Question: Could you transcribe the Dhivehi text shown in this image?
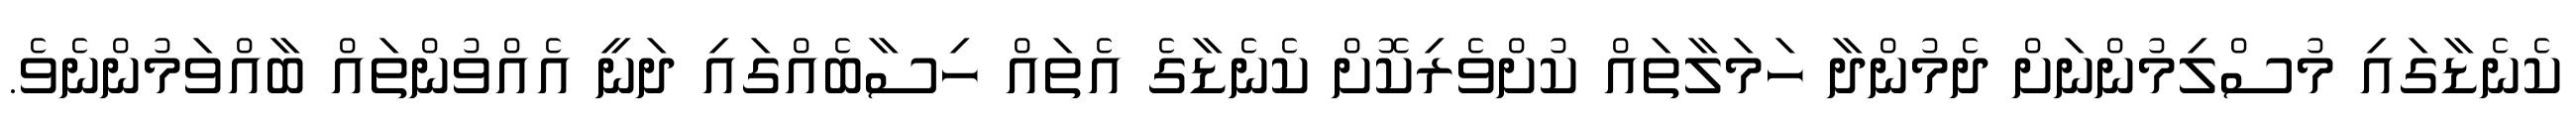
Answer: ކެނެޑާގައި މުސްލިމުންނަށް ދެމުންދާ ހަމަލާތައް ކުށްވެރިކޮށް ކެނެޑާގެ އެތައް ހިސާބެއްގައި ދަނީ އެއްވުންތައް ބާއްވަމުންނެވެ.